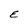
Character: E